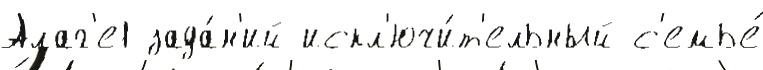
Алаг'е1 зада́н'ий искл'ючи́т'ельный с'емье́